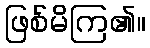
ဖြစ်မိကြ၏။